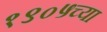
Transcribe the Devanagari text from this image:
१९०५च्या